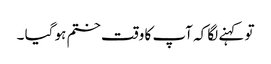
تو کہنے لگا کہ آپ کا وقت ختم ہو گیا ۔